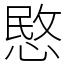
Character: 愍